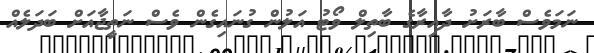
ނަމަވެސް ބާރަށު ދާއިރާގެ ބާތިލް ވޯޓު އަލުން ގުނައިގެން ވެސް ނަތީޖާއަށް ބަދަލެއް